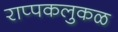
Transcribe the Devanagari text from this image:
राप्पकलुकळ